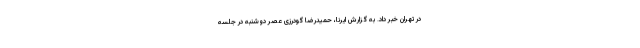
در تهران خبر داد. به گزارش ایرنا، حمیدرضا گودرزی عصر دوشنبه در جلسه